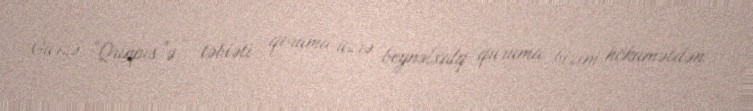
Gürzə “Qrinpis”ə - təbiəti qoruma üzrə beynəlxalq quruma bizim hökumətdən